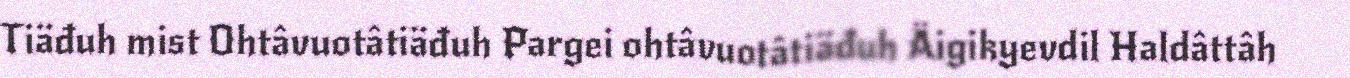
Tiäđuh mist Ohtâvuotâtiäđuh Pargei ohtâvuotâtiäđuh Äigikyevdil Haldâttâh